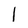
Character: I